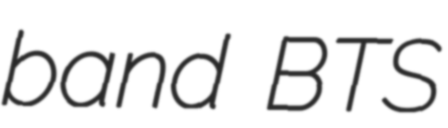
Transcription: band BTS